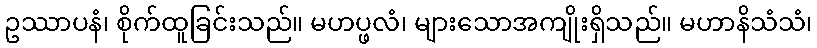
ဥဿာပနံ၊ စိုက်ထူခြင်းသည်။ မဟပ္ဖလံ၊ များသောအကျိုးရှိသည်။ မဟာနိသံသံ၊